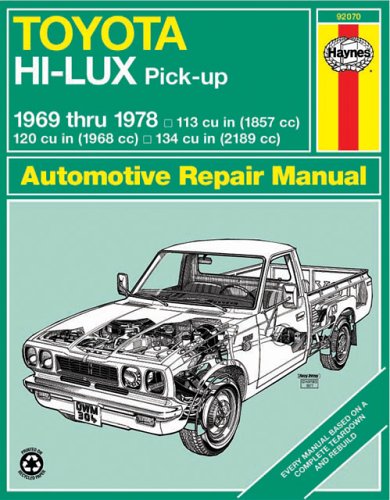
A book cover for Toyota Hi-Lux Pick-up 1969 thru 1978 (Haynes Repair Manuals); John Haynes; Engineering & Transportation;